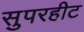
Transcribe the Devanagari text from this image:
सुपरहीट